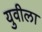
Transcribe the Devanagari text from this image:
युवीला